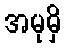
အမုမှိ